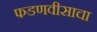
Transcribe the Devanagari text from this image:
फडणवीसाचा